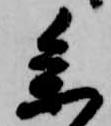
参